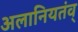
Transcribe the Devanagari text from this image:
अलानियतंव्